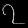
Digit: ၇